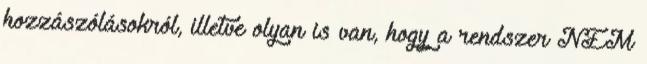
hozzászólásokról, illetve olyan is van, hogy a rendszer NEM